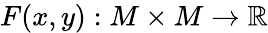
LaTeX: F(x,y):M\times M\xrightarrow{}\mathbb{R}